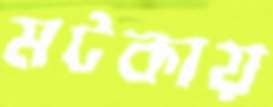
মটকায়